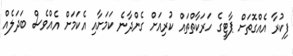
ފިކުރާ އެއްގޮތަށް ޕާޓީގެ ހަރަކާތްތައް ކުރިއަށް ގެންދާނެ ކަމަށާއި އެކަމަށް އެއްވެސް ބަދަލެއް